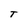
Character: T